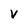
Character: v